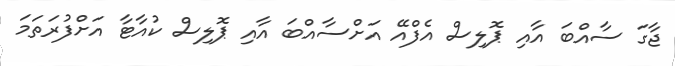
ޖާގަ ސާއްބަ އާއި ޕޮލިސް އެފްއޭ އަށްސާއްބަ އާއި ޕޮލިސް ކުއާޓާ އަށްފުރަތަމަ